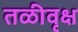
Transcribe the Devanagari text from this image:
तळीवृक्ष